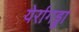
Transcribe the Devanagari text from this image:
येर्रागड्डा